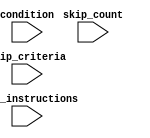
module loop_with_skip(
    input wire condition,
    input wire [3:0] skip_count,
    input wire [3:0] skip_criteria,
    input wire [7:0] loop_instructions
);

reg [3:0] skip_counter;

always @ (posedge condition) begin
    if(skip_counter < skip_count) begin
        skip_counter <= skip_counter + 1;
    end else begin
        if(skip_criteria == loop_instructions[skip_counter*8 + 7:skip_counter*8]) begin
            skip_counter <= skip_counter + 1;
        end else begin
            // Execute loop instruction
            // Write your code here
        end
    end
end

endmodule